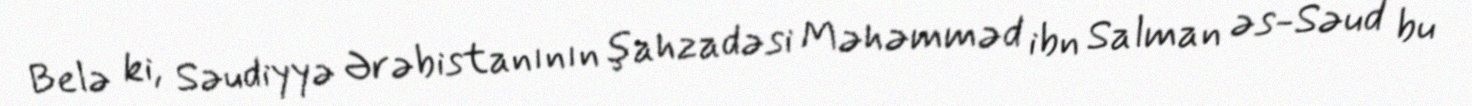
Belə ki, Səudiyyə Ərəbistanının şahzadəsi Məhəmməd ibn Salman əs-Səud bu